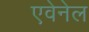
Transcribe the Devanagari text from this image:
एवेनेल